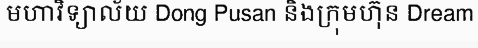
មហាវិទ្យាល័យ Dong Pusan និងក្រុមហ៊ុន Dream